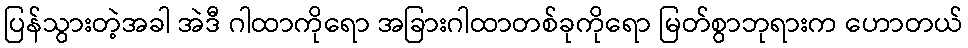
ပြန်သွားတဲ့အခါ အဲဒီ ဂါထာကိုရော အခြားဂါထာတစ်ခုကိုရော မြတ်စွာဘုရားက ဟောတယ်